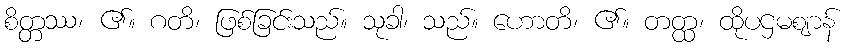
စိတ္တဿ၊ ၏။ ဂတိ၊ ဖြစ်ခြင်းသည်။ သုခါ၊ သည်။ ဟောတိ၊ ၏။ တတ္ထ၊ ထိုပဌမဈာန်